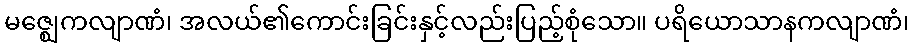
မဇ္ဈေကလျာဏံ၊ အလယ်၏ကောင်းခြင်းနှင့်လည်းပြည့်စုံသော။ ပရိယောသာနကလျာဏံ၊